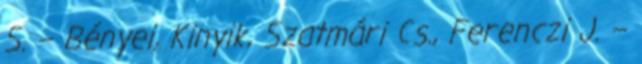
S. – Bényei, Kinyik, Szatmári Cs., Ferenczi J. –